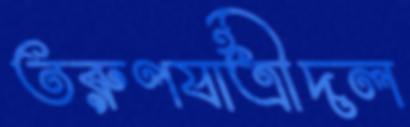
তরুণযাত্রীদল